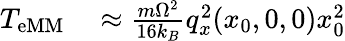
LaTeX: \begin{array}{rl}{T_{\mathrm{eMM}}}&{{}\approx\frac{m\Omega^{2}}{16k_{B}}q_{x}^{2}(x_{0},0,0)x_{0}^{2}}\end{array}